Report of the Indian Hemp Drugs Commission, 1894-1895 - Volume VI
Year: 1894
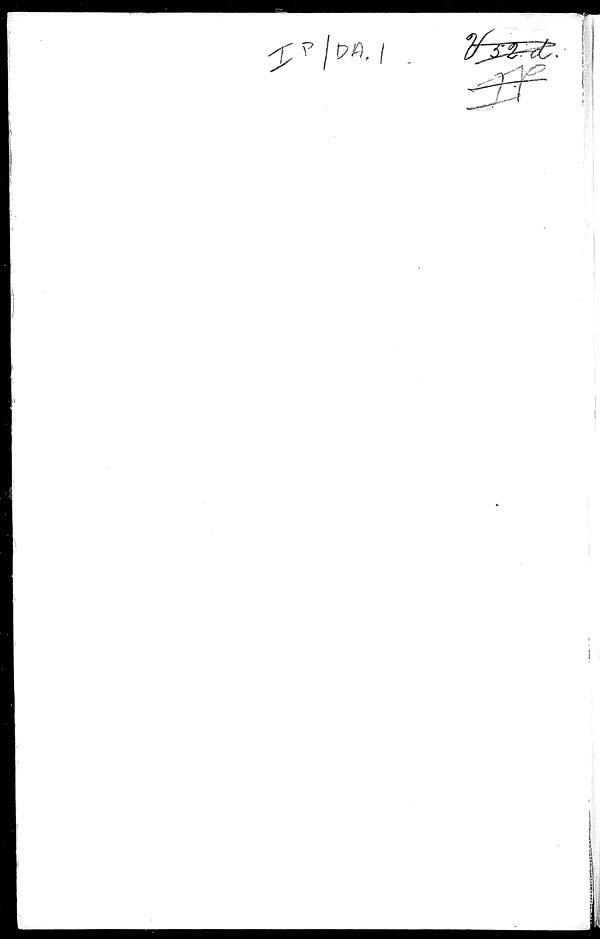
I P / DA, /. V 32.d.
I.P